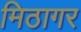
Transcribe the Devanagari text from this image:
मिठागर